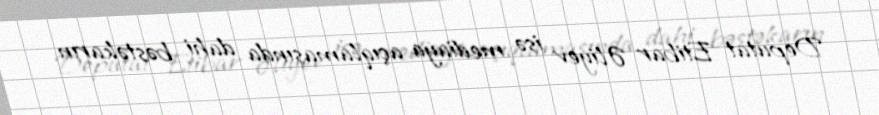
Deputat Etibar Əliyev isə mediaya açıqlamasında dahi bəstəkarın